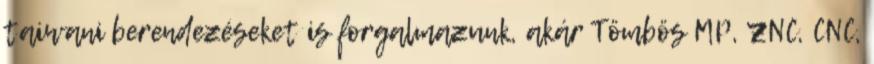
taiwani berendezéseket is forgalmazunk, akár Tömbös MP, ZNC, CNC,